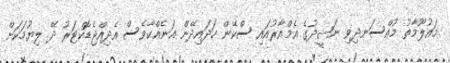
މައުލޫމާތު މުއްސަނދިވި ނަޝީދުގެ އެމްއާރުއައި ސްކޭން ހަދައިދޭން އަނެއްކާވެސް އެދިއްޖެޑޮކްޓަރު ދޭ ލިޔުމަކަށް